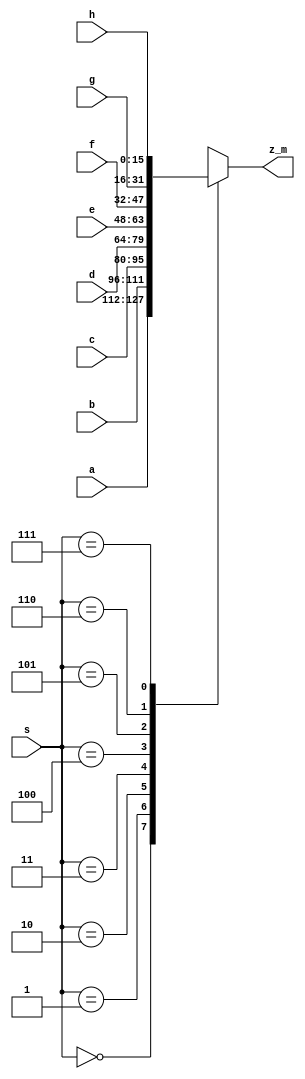

module mux(a, b, c, d, e, f, g, h, s, z_m);

input [15:0] a,b,c,d,e,f,g,h;
input [2:0] s;
output [15:0] z_m;
reg [15:0] z_m;

always@(*)
begin
	case(s)
		3'b000: z_m = a;
		3'b001: z_m = b;
		3'b010: z_m = c;
		3'b011: z_m = d;
		3'b100: z_m = e;
		3'b101: z_m = f;
		3'b110: z_m = g;
		3'b111: z_m = h;
	endcase
end

endmodule